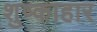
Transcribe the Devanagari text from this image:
शुष्काहार